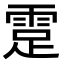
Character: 𩃈